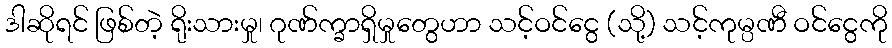
ဒါဆိုရင် ဖြစ်တဲ့ ရိုးသားမှု၊ ဂုဏ်က္ခာရှိမှုတွေဟာ သင့်ဝင်ငွေ (သို့) သင့်ကုမ္ပဏီ ဝင်ငွေကို